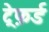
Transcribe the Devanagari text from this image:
ट्रेफ़र्ड